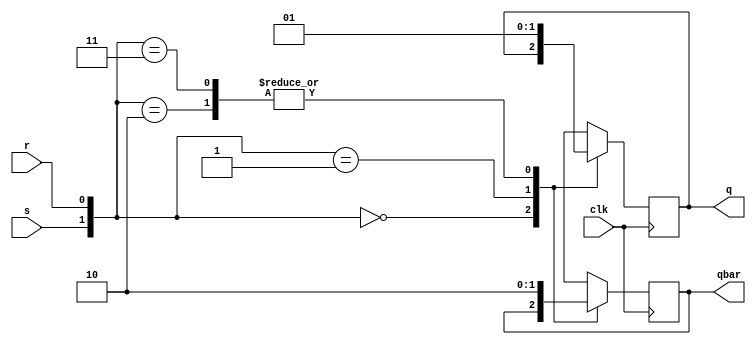
module overflow_det(q,qbar,r,s,clk);
	output q,qbar;
	input r,s,clk;
	reg q,qbar;
	initial
	begin
		q=1'b0;
		qbar=1'b1;
	end
	always @(posedge clk)
	  begin
	  case({s,r})
		 {1'b0,1'b0}: begin q=q; qbar=qbar; end
		 {1'b0,1'b1}: begin q=1'b0; qbar=1'b1; end
		 {1'b1,1'b0}: begin q=1'b1; qbar=1'b0; end
		 {1'b1,1'b1}: begin q=1'b1; qbar=1'b0; end // Special case for error detection!!
	endcase
	end
endmodule